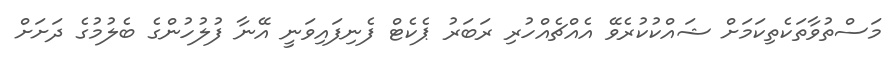
މަސްތުވާތަކެތިކަމަށް ޝައްކުކުރެވޭ އެއްޗެއްހުރި ރަބަރު ޕެކެޓް ފެނިފައިވަނީ އޭނާ ފުލުހުންގެ ބެލުމުގެ ދަށަށް